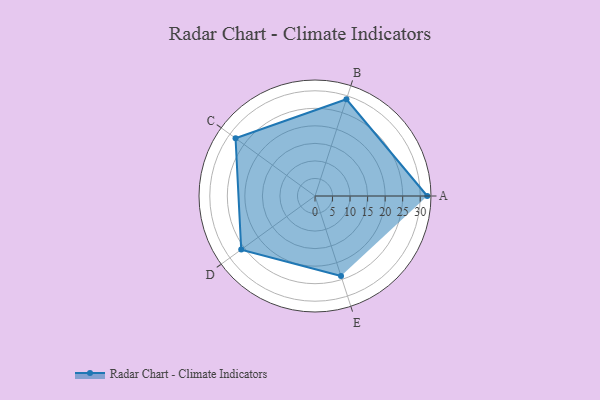
{"axis": {"x": "Skill", "y": "Score"}, "legend": ["Profile"], "data": [{"x": "A", "y": 32.0, "type": "Profile"}, {"x": "B", "y": 29.0, "type": "Profile"}, {"x": "C", "y": 28.0, "type": "Profile"}, {"x": "D", "y": 26.0, "type": "Profile"}, {"x": "E", "y": 24.0, "type": "Profile"}]}